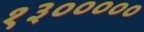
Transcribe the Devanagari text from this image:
१३०००००